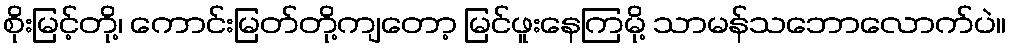
စိုးမြင့်တို့၊ ကောင်းမြတ်တို့ကျတော့ မြင်ဖူးနေကြမို့ သာမန်သဘောလောက်ပဲ။